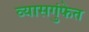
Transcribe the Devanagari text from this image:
व्यासगुंफेत